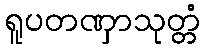
ရူပတဏှာသုတ္တံ